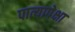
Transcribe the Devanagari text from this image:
पात्यापेक्षा